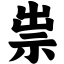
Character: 祟